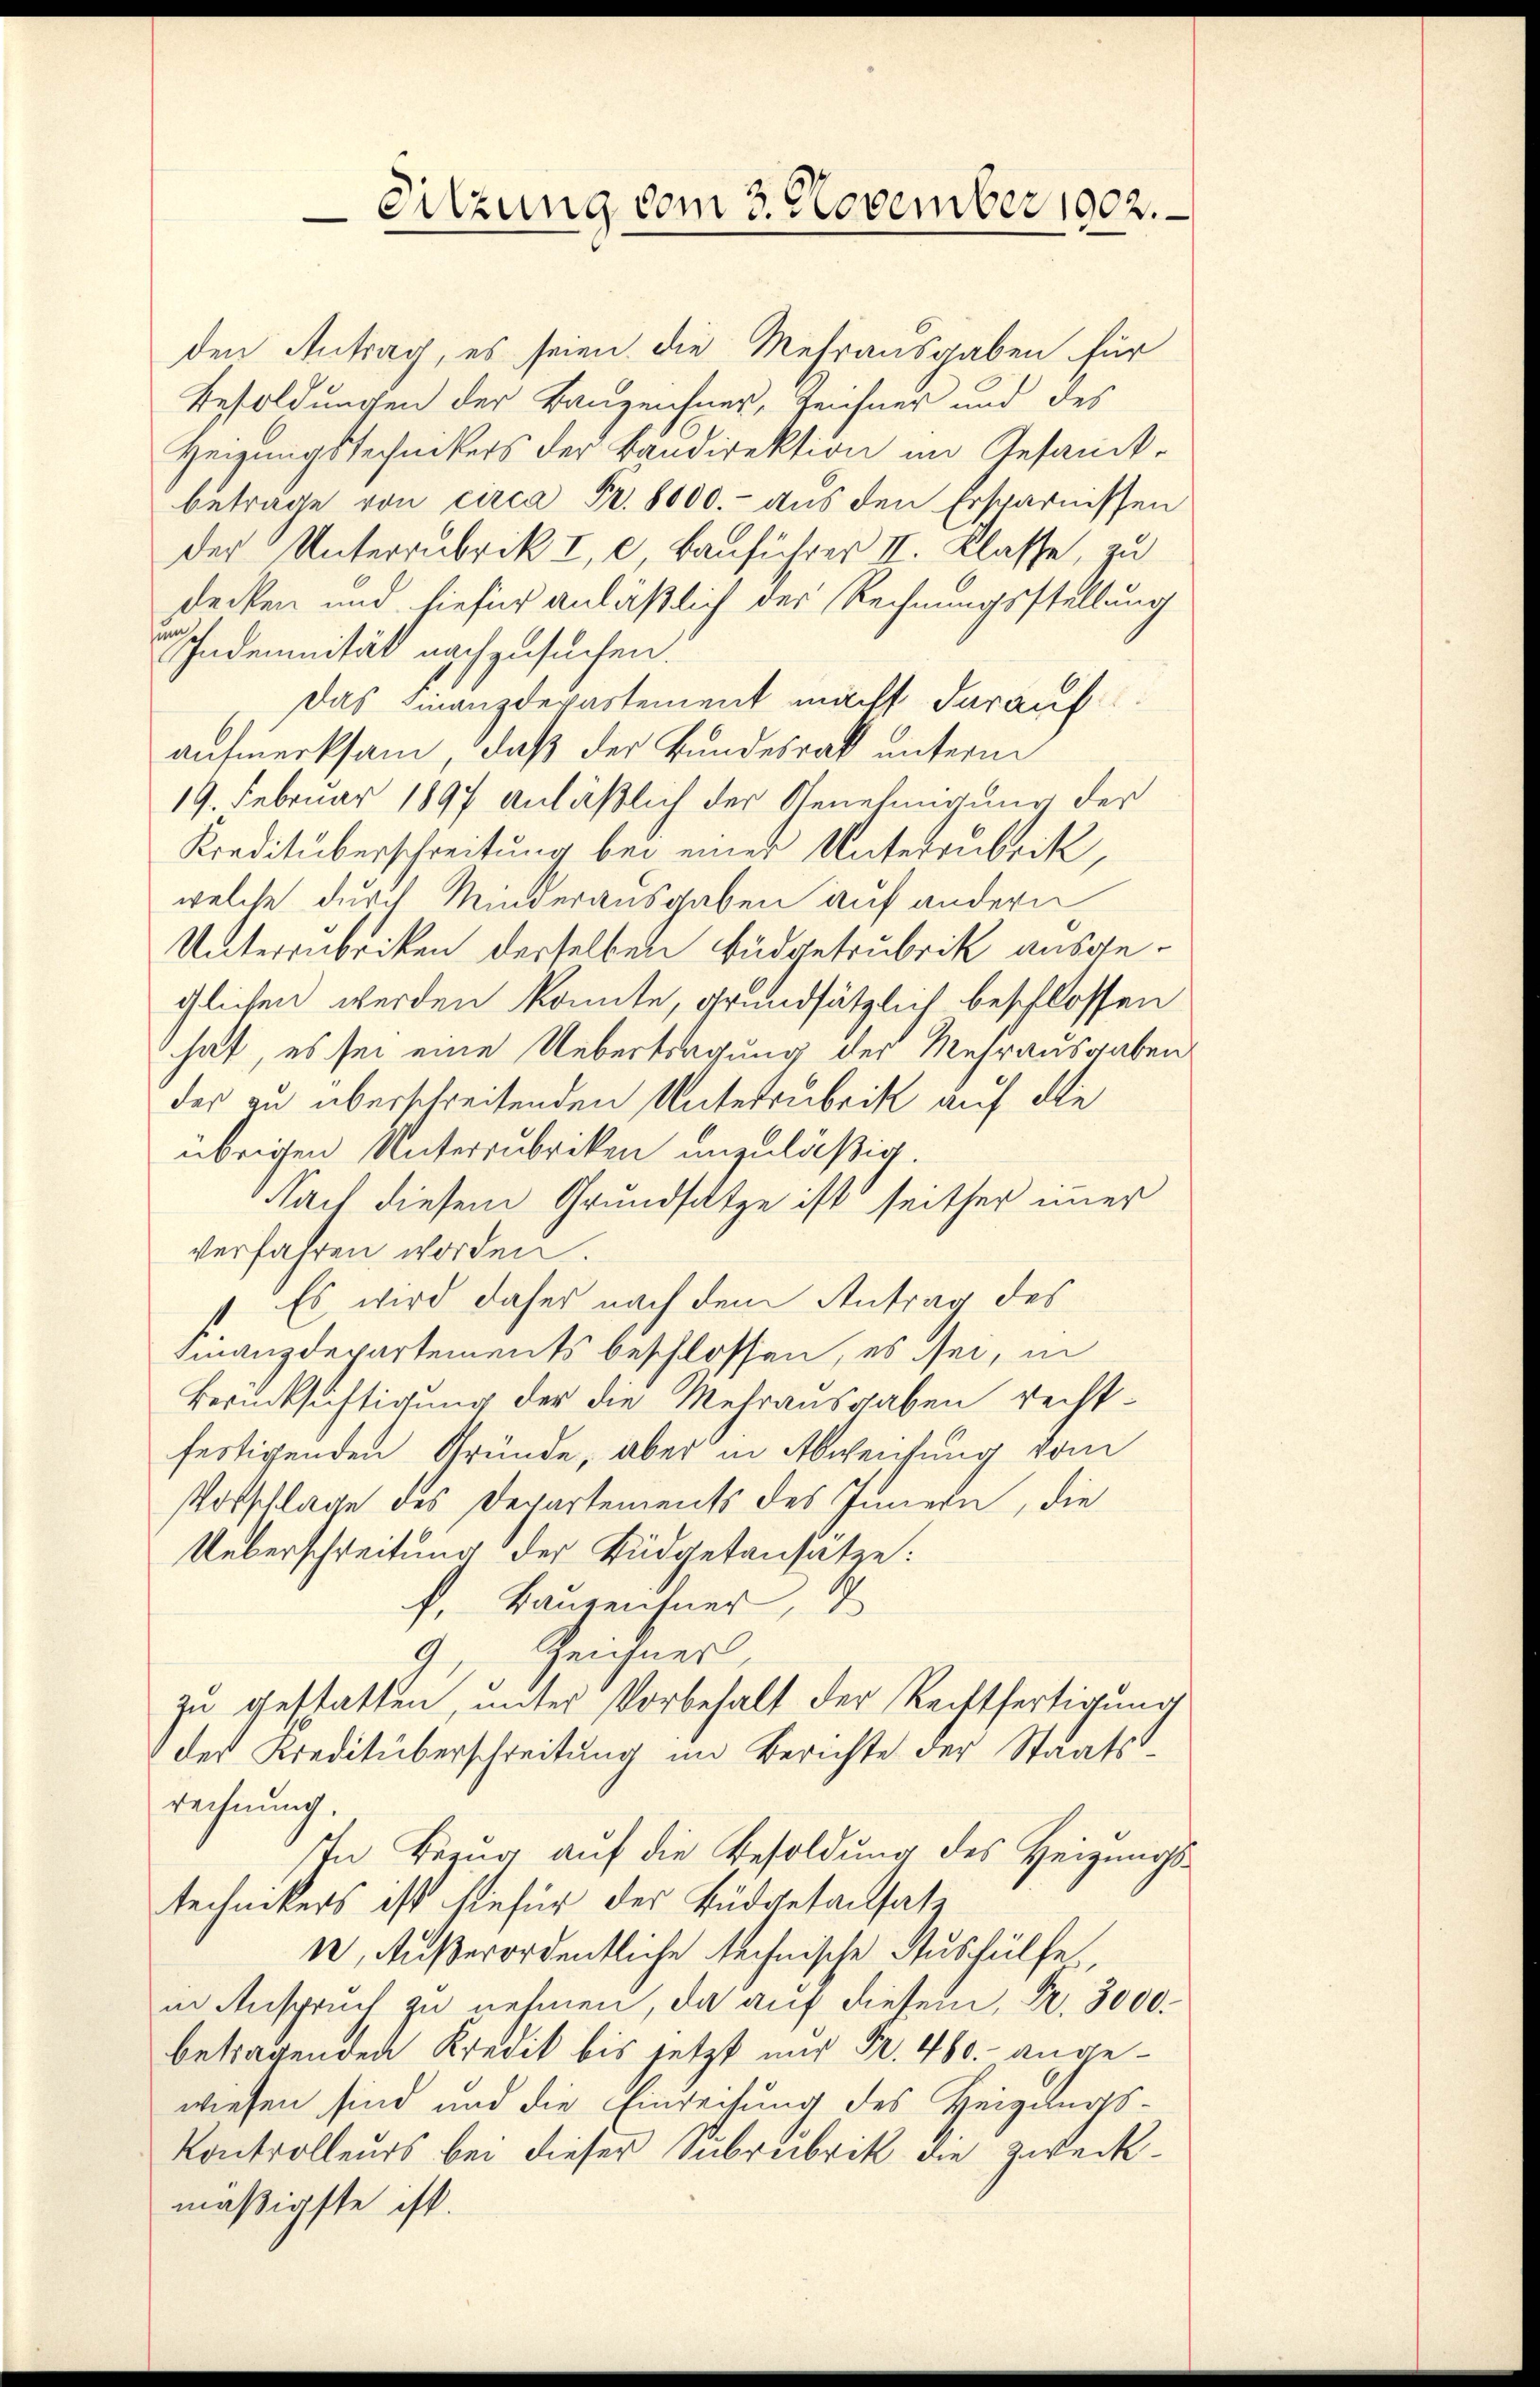
Sitzung vom 3. November 1902.

den Antrag, es seien die Mehrausgaben für
Besoldungen der Kanzensner, Zeichner und des
Heizungstechnikers der Kandirektion im Gesandtbetrage von circa Fr. 8000.- aus den Ersparnissen
der Unterrubrik I, 2, Bauführer II. Klasse, zu
decken und hiefür anläßlich des Rechnungsstellung
hndernität nachzusuchen.
Das Finanzdepartement macht darauf
aufmerksam, daß der Bundesrath unterm
19. Februar 1897 anläßlich der Genehmigung der
Kreditüberschreitung bei einer Unterrubrik,
welche durch Minderausgaben auf andern
Unterzubriken derselben Büdgetrubrik ausgeglichen werden könnte, grundsätzlich beschlossen
hat, es sei eine Uebertragung der Mehrausgaben
der zu überschreitenden Unterrubrik auf die
übrigen Unterrubriken unzuläßig.
Nach diesem Grundsatze ist seither immer
verfahren worden.
Es wird daher nach dem Antrag des
1
Finanzdepartements beschlossen, es sei, in
Berücksichtigung der die Mehrausgaben rechtfertigenden Gründe, aber in Abweichung vom
Totschlage des Departements des Innern, die
Ueberschreitung der Büdgetansätze:
f, Bauzeichner, 2
9. Zeichner,
zu geschatten, unter Vorbehalt der Rechtfertigung
der Kreditüberschreitung im Berichte der Staatsrechnung.
In Bezug auf die Besoldung des Heizungstechnikers ist hiefür der Büdgetansatz
1, Außerordentliche technische Aushülfe
in Anspruch zu nehmen, da auf diesem Fr. 3000.
betragenden Kredit bis jetzt nur Fr. 460.- angewiesen sind und die Einrechung des Heigungs-
Kontrolleurs bei dieser Subrubrik die Zweckmäßigste ist.